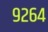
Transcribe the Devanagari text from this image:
९२६४